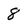
Character: 8